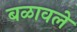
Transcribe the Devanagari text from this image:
बळावले